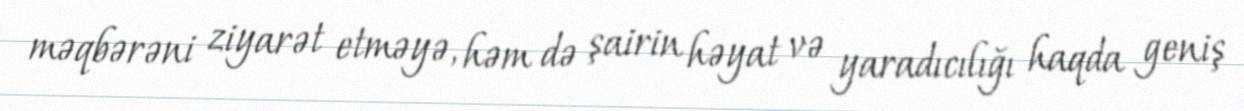
məqbərəni ziyarət etməyə, həm də şairin həyat və yaradıcılığı haqda geniş